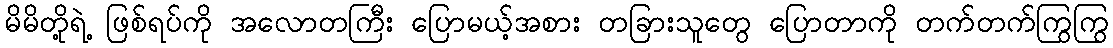
မိမိတို့ရဲ့ ဖြစ်ရပ်ကို အလောတကြီး ပြောမယ့်အစား တခြားသူတွေ ပြောတာကို တက်တက်ကြွကြွ